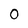
Character: 0